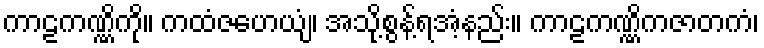
ကာဠကဏ္ဏိကို။ ကထံဇဟေယျံ၊ အသို့စွန့်ရအံ့နည်း။ ကာဠကဏ္ဏိကဇာတကံ၊